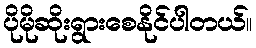
ပိုမိုဆိုးရွားစေနိုင်ပါတယ်။